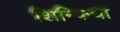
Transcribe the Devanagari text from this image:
शिन्किची